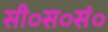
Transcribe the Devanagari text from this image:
सी०स०सं०